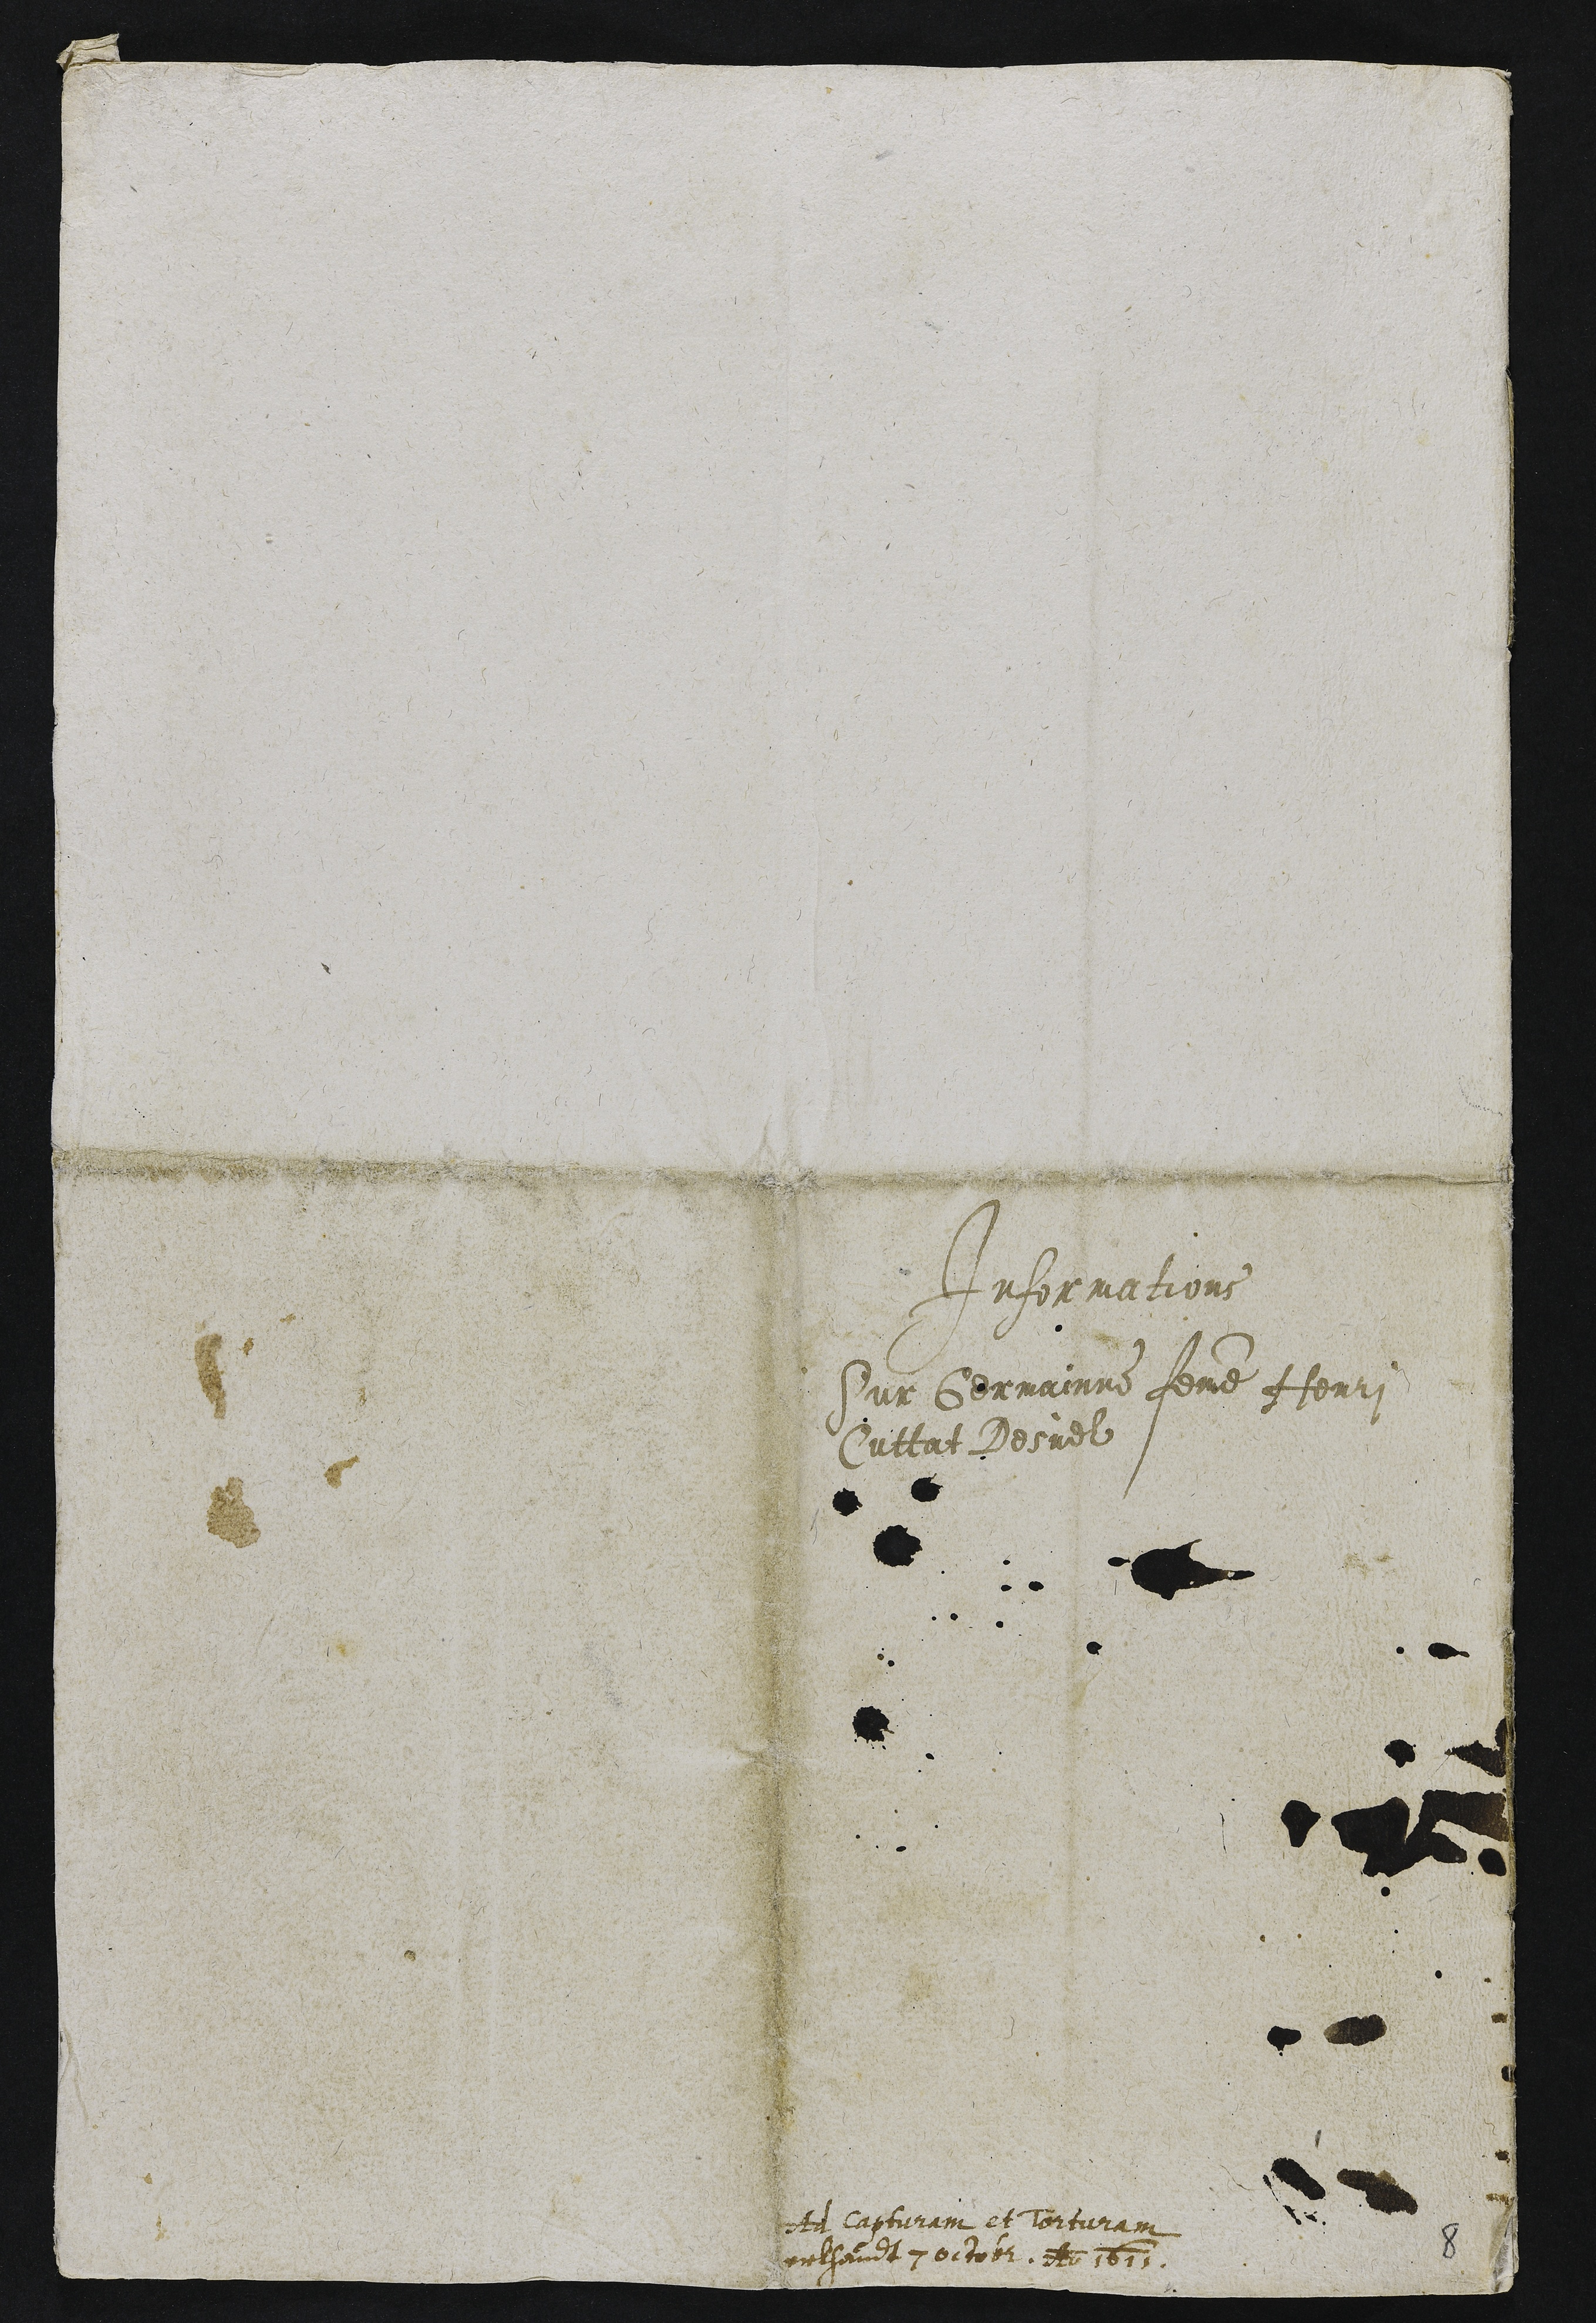
Informations
Sur Germainne femme Henri
Cuttat Desuel

Ad capturam et Torturam
erkhandt 7 octobris Anno 1611

8